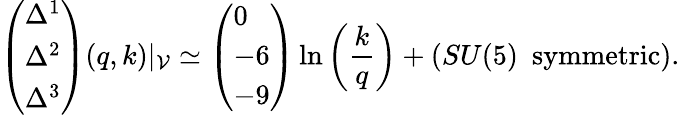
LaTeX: \left(\begin{array}{l}{{\Delta^{1}}}\\ {{\Delta^{2}}}\\ {{\Delta^{3}}}\end{array}\right)(q,k)|_{\cal V}\simeq\left(\begin{array}{l}{{0}}\\ {{-6}}\\ {{-9}}\end{array}\right)\ln\left(\frac{k}{q}\right)+(SU(5)\, \, \, \mathrm{symmetric}).